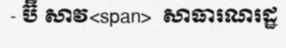
- ប៊ី សាវ<span>  សាធារណរដ្ឋ